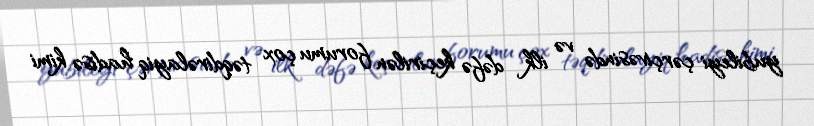
yubileyi çərçivəsində və ilk dəfə keçirilən forumu çox təqdirəlayiq hadisə kimi